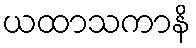
ယထာသကာနိ